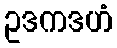
ဥဒကဒဟံ